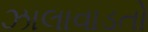
ઝાલાવાડતો